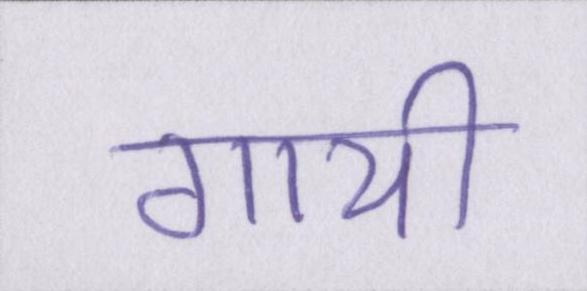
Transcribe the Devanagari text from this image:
गायी